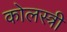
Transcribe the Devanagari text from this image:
कोलस्त्री